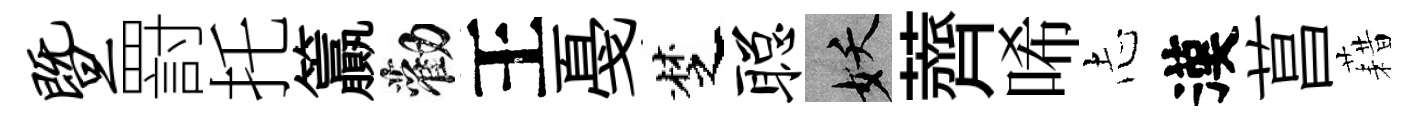
暨罸托籯勸王戞椘聪妖薺唏𢖽漢菖藉